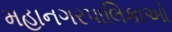
મહાનગરપાલિકાઓ